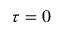
\tau = 0